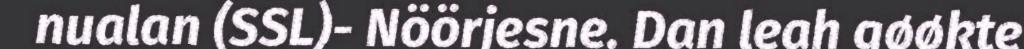
nualan (SSL)- Nöörjesne. Dan leah gøøkte